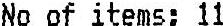
NO OF ITEMS: 11